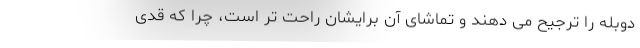
دوبله را ترجیح می دهند و تماشای آن برایشان راحت تر است، چرا که قدی